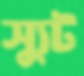
স্যুট